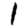
Digit: 1